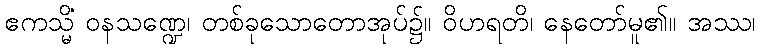
ဧကသ္မိံ ဝနသဏ္ဍေ၊ တစ်ခုသောတောအုပ်၌။ ဝိဟရတိ၊ နေတော်မူ၏။ အဿ၊